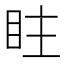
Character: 𥅖